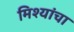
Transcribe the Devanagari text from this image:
मिश्यांचा